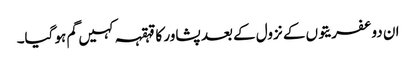
ان دو عفریتوں کے نزول کے بعد پشاور کا قہقہہ کہیں گم ہو گیا۔